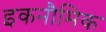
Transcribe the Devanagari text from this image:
इकनौमिक